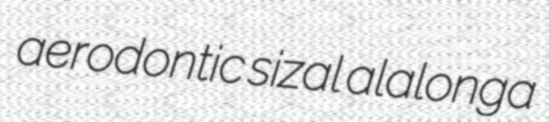
aerodontic sizal alalonga